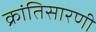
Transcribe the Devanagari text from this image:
क्रांतिसारणी